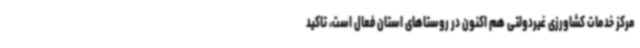
مرکز خدمات کشاورزی غیردولتی هم اکنون در روستاهای استان فعال است، تاکید